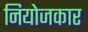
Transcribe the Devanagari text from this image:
नियोजकार